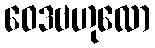
ဝေဒဗဟုလော